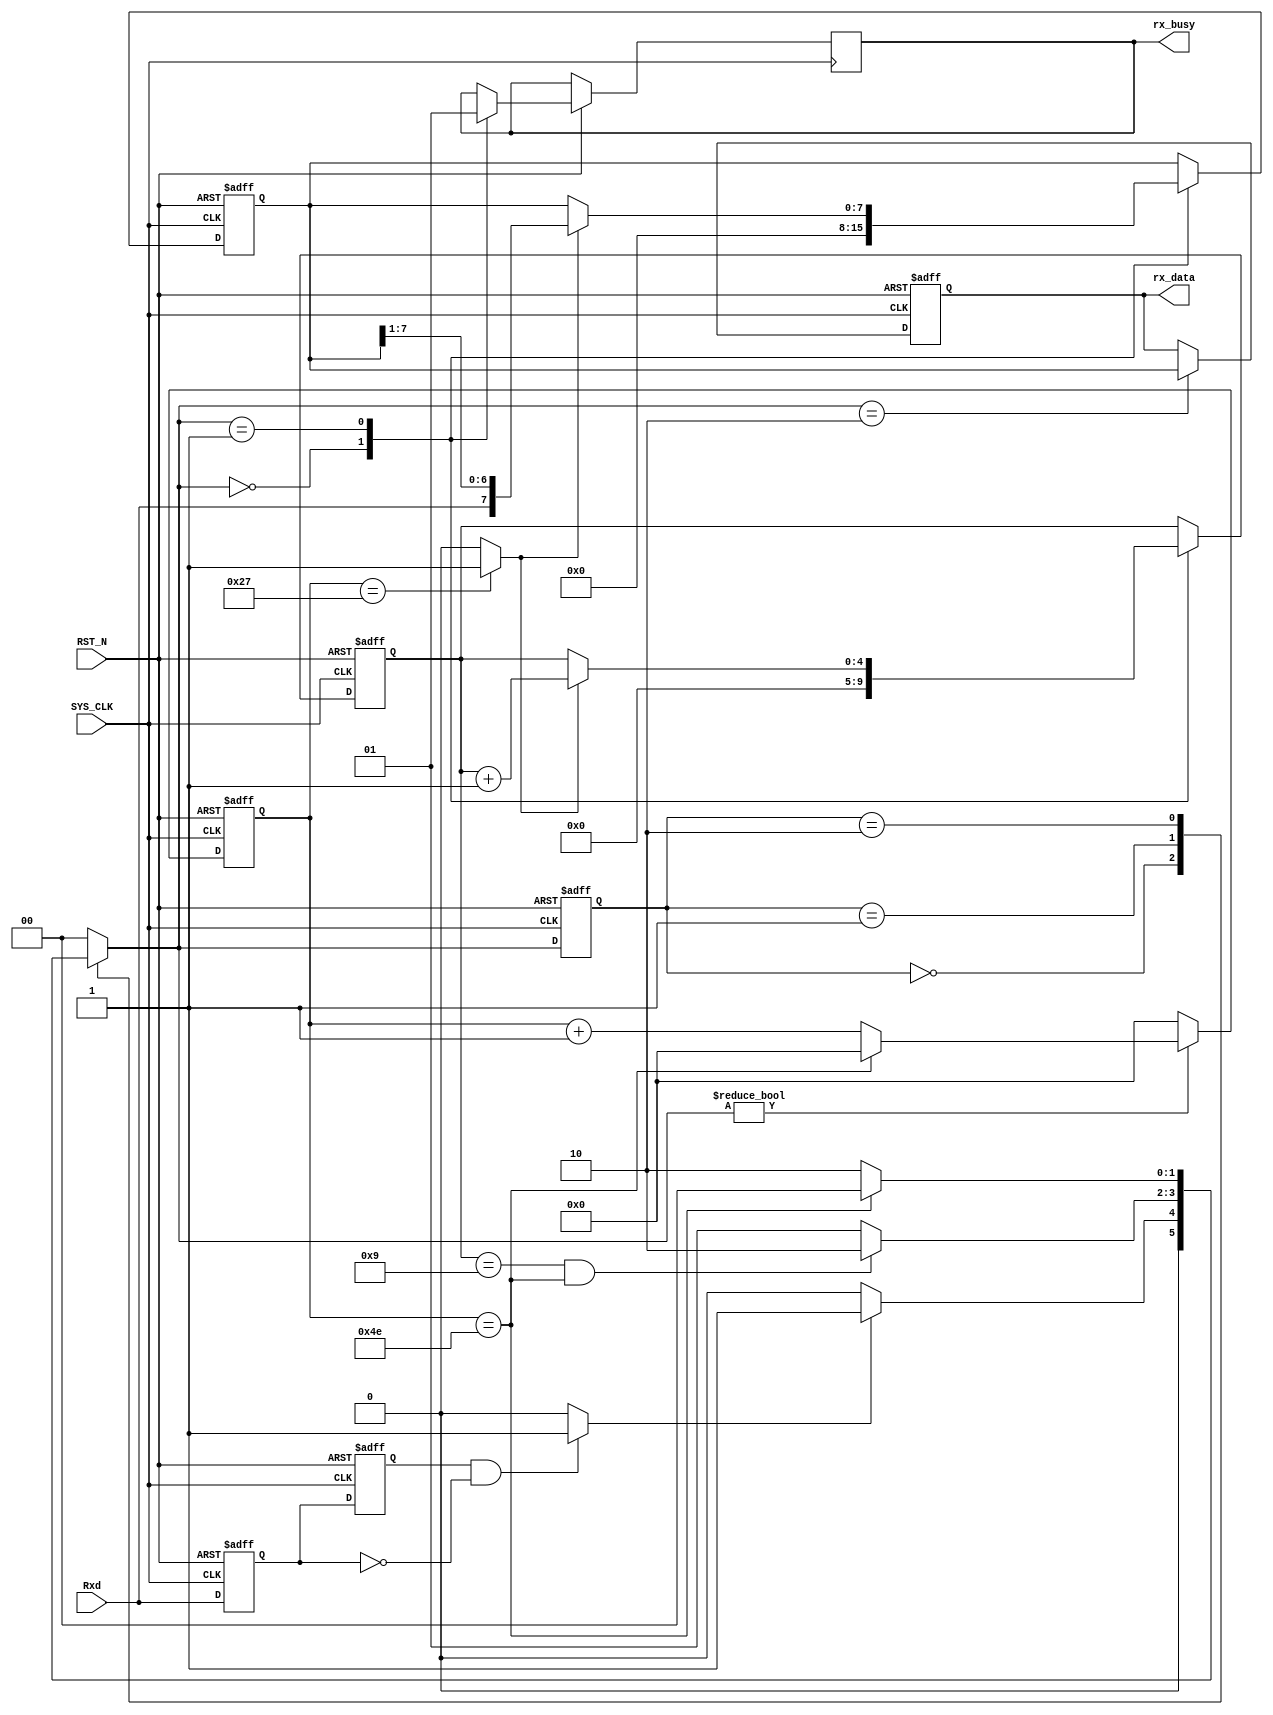
module UART_Rxd(
input 							SYS_CLK			,
input							RST_N			,
input							Rxd				,						
                                              
output	reg		[7:0]			rx_data			,					//
output 	reg 					rx_busy								//
);
//-------------------------------------------------------
//-- 
//-------------------------------------------------------


//-------------------------------------------------------
//-- 
//-------------------------------------------------------
reg		[1:0] 					state				;
reg		[1:0]					state_n				;
reg 	[15:0] 					baud_count			;				//
reg								n_edge_now 			;
reg								n_edge_pre			;
reg		[4:0]					bit_cnt				;

wire							flag_half_buad		;

reg		[7:0]					shift_data			;				//
reg		[7:0]					shift_data_n		;				//

wire							rx_start			;

//-------------------------------------------------------
//-- 
//-------------------------------------------------------
localparam BAUD = 256000 ;															//
localparam SYS_CLK_PERIOD = 50 ;													//
localparam BAUD_CNT_END = 1_000_000_000 / BAUD / SYS_CLK_PERIOD ;					//
localparam HALF_BAUD_CNT = BAUD_CNT_END / 2 ;										//

localparam IDLE = 2'd0 ,READ = 2'd1 ,STOP = 2'd2 ;									//

//------------------------------------------------------
//-- 
//------------------------------------------------------
always@(posedge SYS_CLK or negedge RST_N) begin
	if(!RST_N) begin
		baud_count <= 16'b0;
	end
	else if(state_n != IDLE) begin
		if(baud_count == BAUD_CNT_END ) begin
			baud_count <= 16'b0 ;
		end
		else begin
			baud_count <= baud_count + 1'b1 ;
		end
	end
	else begin
		baud_count <= 16'b0;
	end
end
//-- 
assign flag_half_buad = (baud_count == HALF_BAUD_CNT) ? 1'b1 : 1'b0 ;

//-------------------------------------------------------
//-- 
//-------------------------------------------------------
always @(posedge SYS_CLK or negedge RST_N ) begin
	if(!RST_N) begin
		n_edge_now <= 1'b1 ;
		n_edge_pre <= 1'b1 ;
	end
	else begin
		n_edge_now <= Rxd ;
		n_edge_pre <= n_edge_now ;
	end
end
//-- 
assign rx_start = ( n_edge_pre == 1'b1 && n_edge_now == 1'b0) ? 1'b1 : 1'b0 ;
//------------------------------------------------------
//-- 
//------------------------------------------------------
always@(posedge SYS_CLK or negedge RST_N) begin
	if(!RST_N) begin
		state <= IDLE ;
	end
	else begin
		state <= state_n ;
	end
end
//------------------------------------------------------
//-- 
//------------------------------------------------------
always@(*) begin
	case(state)
		IDLE : begin
			if(rx_start) begin
				state_n = READ ;
			end
			else begin
				state_n = IDLE ;
			end
		end
		READ : begin
			if(bit_cnt == 'd9 && baud_count == BAUD_CNT_END) begin
				state_n = STOP ;
			end
			else begin
				state_n = READ ;
			end
		end
		STOP : begin
			if(baud_count == BAUD_CNT_END) begin
				state_n = IDLE ;
			end
			else begin
				state_n = STOP ;
			end 
		end
		default : begin
			state_n = IDLE ;
		end
	endcase
end
//------------------------------------------------------
//-- 
//------------------------------------------------------
always@(posedge SYS_CLK or negedge RST_N) begin
	if(!RST_N) begin
		bit_cnt <= 'b0 ;
		shift_data <= 'b0 ;
		rx_data <= 'b0 ;
	end
	else begin
		case(state_n)
			IDLE : begin
				rx_busy <= 1'b0 ;
				bit_cnt <= 'b0 ;
				shift_data <= 'b0 ;
			end
			READ : begin
				if(flag_half_buad) begin
					shift_data <= shift_data_n ;
					bit_cnt <= bit_cnt + 1'b1 ;
				end
				rx_busy <= 1'b1 ;
			end
			STOP : begin
				rx_data <= shift_data ;
			end
		endcase
	end
end
//------------------------------------------------------
//-- 
//------------------------------------------------------
always@(*) begin
	if(flag_half_buad) begin
		shift_data_n = {Rxd,shift_data[7:1]};
	end
	else begin
		shift_data_n = shift_data ;
	end
end



endmodule